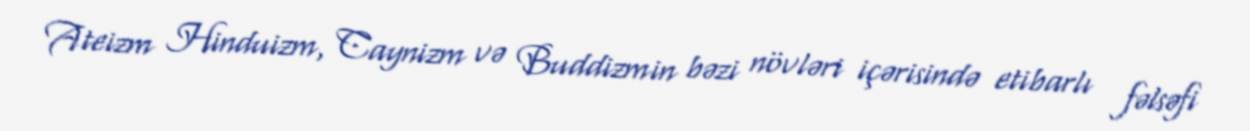
Ateizm Hinduizm, Caynizm və Buddizmin bəzi növləri içərisində etibarlı fəlsəfi